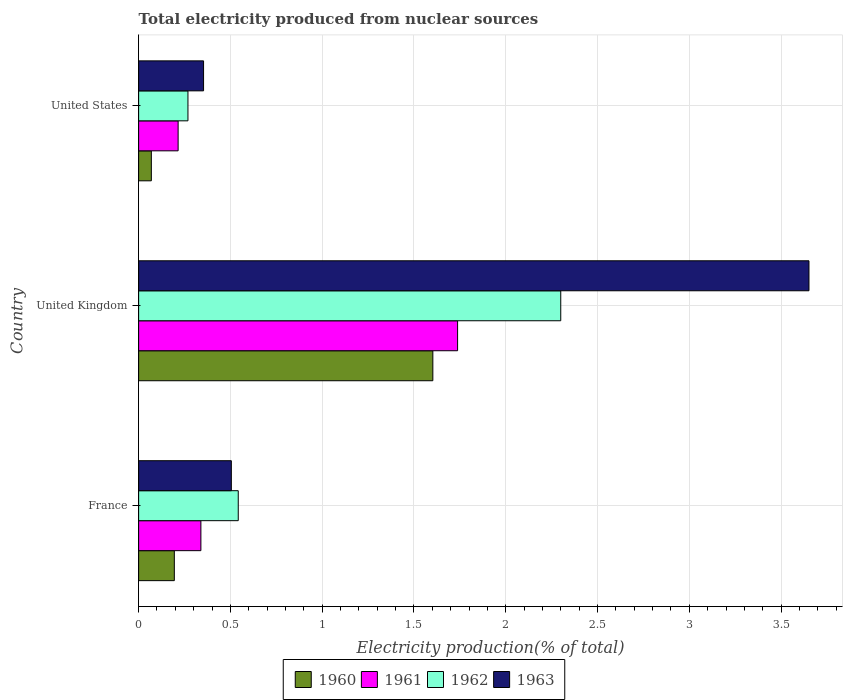
| Country | 1960 | 1961 | 1962 | 1963 |
 | --- | --- | --- | --- | --- |
 | France | 0.195 | 0.339 | 0.543 | 0.505 |
 | United Kingdom | 1.6 | 1.74 | 2.3 | 3.65 |
 | United States | 0.0693 | 0.215 | 0.269 | 0.354 |